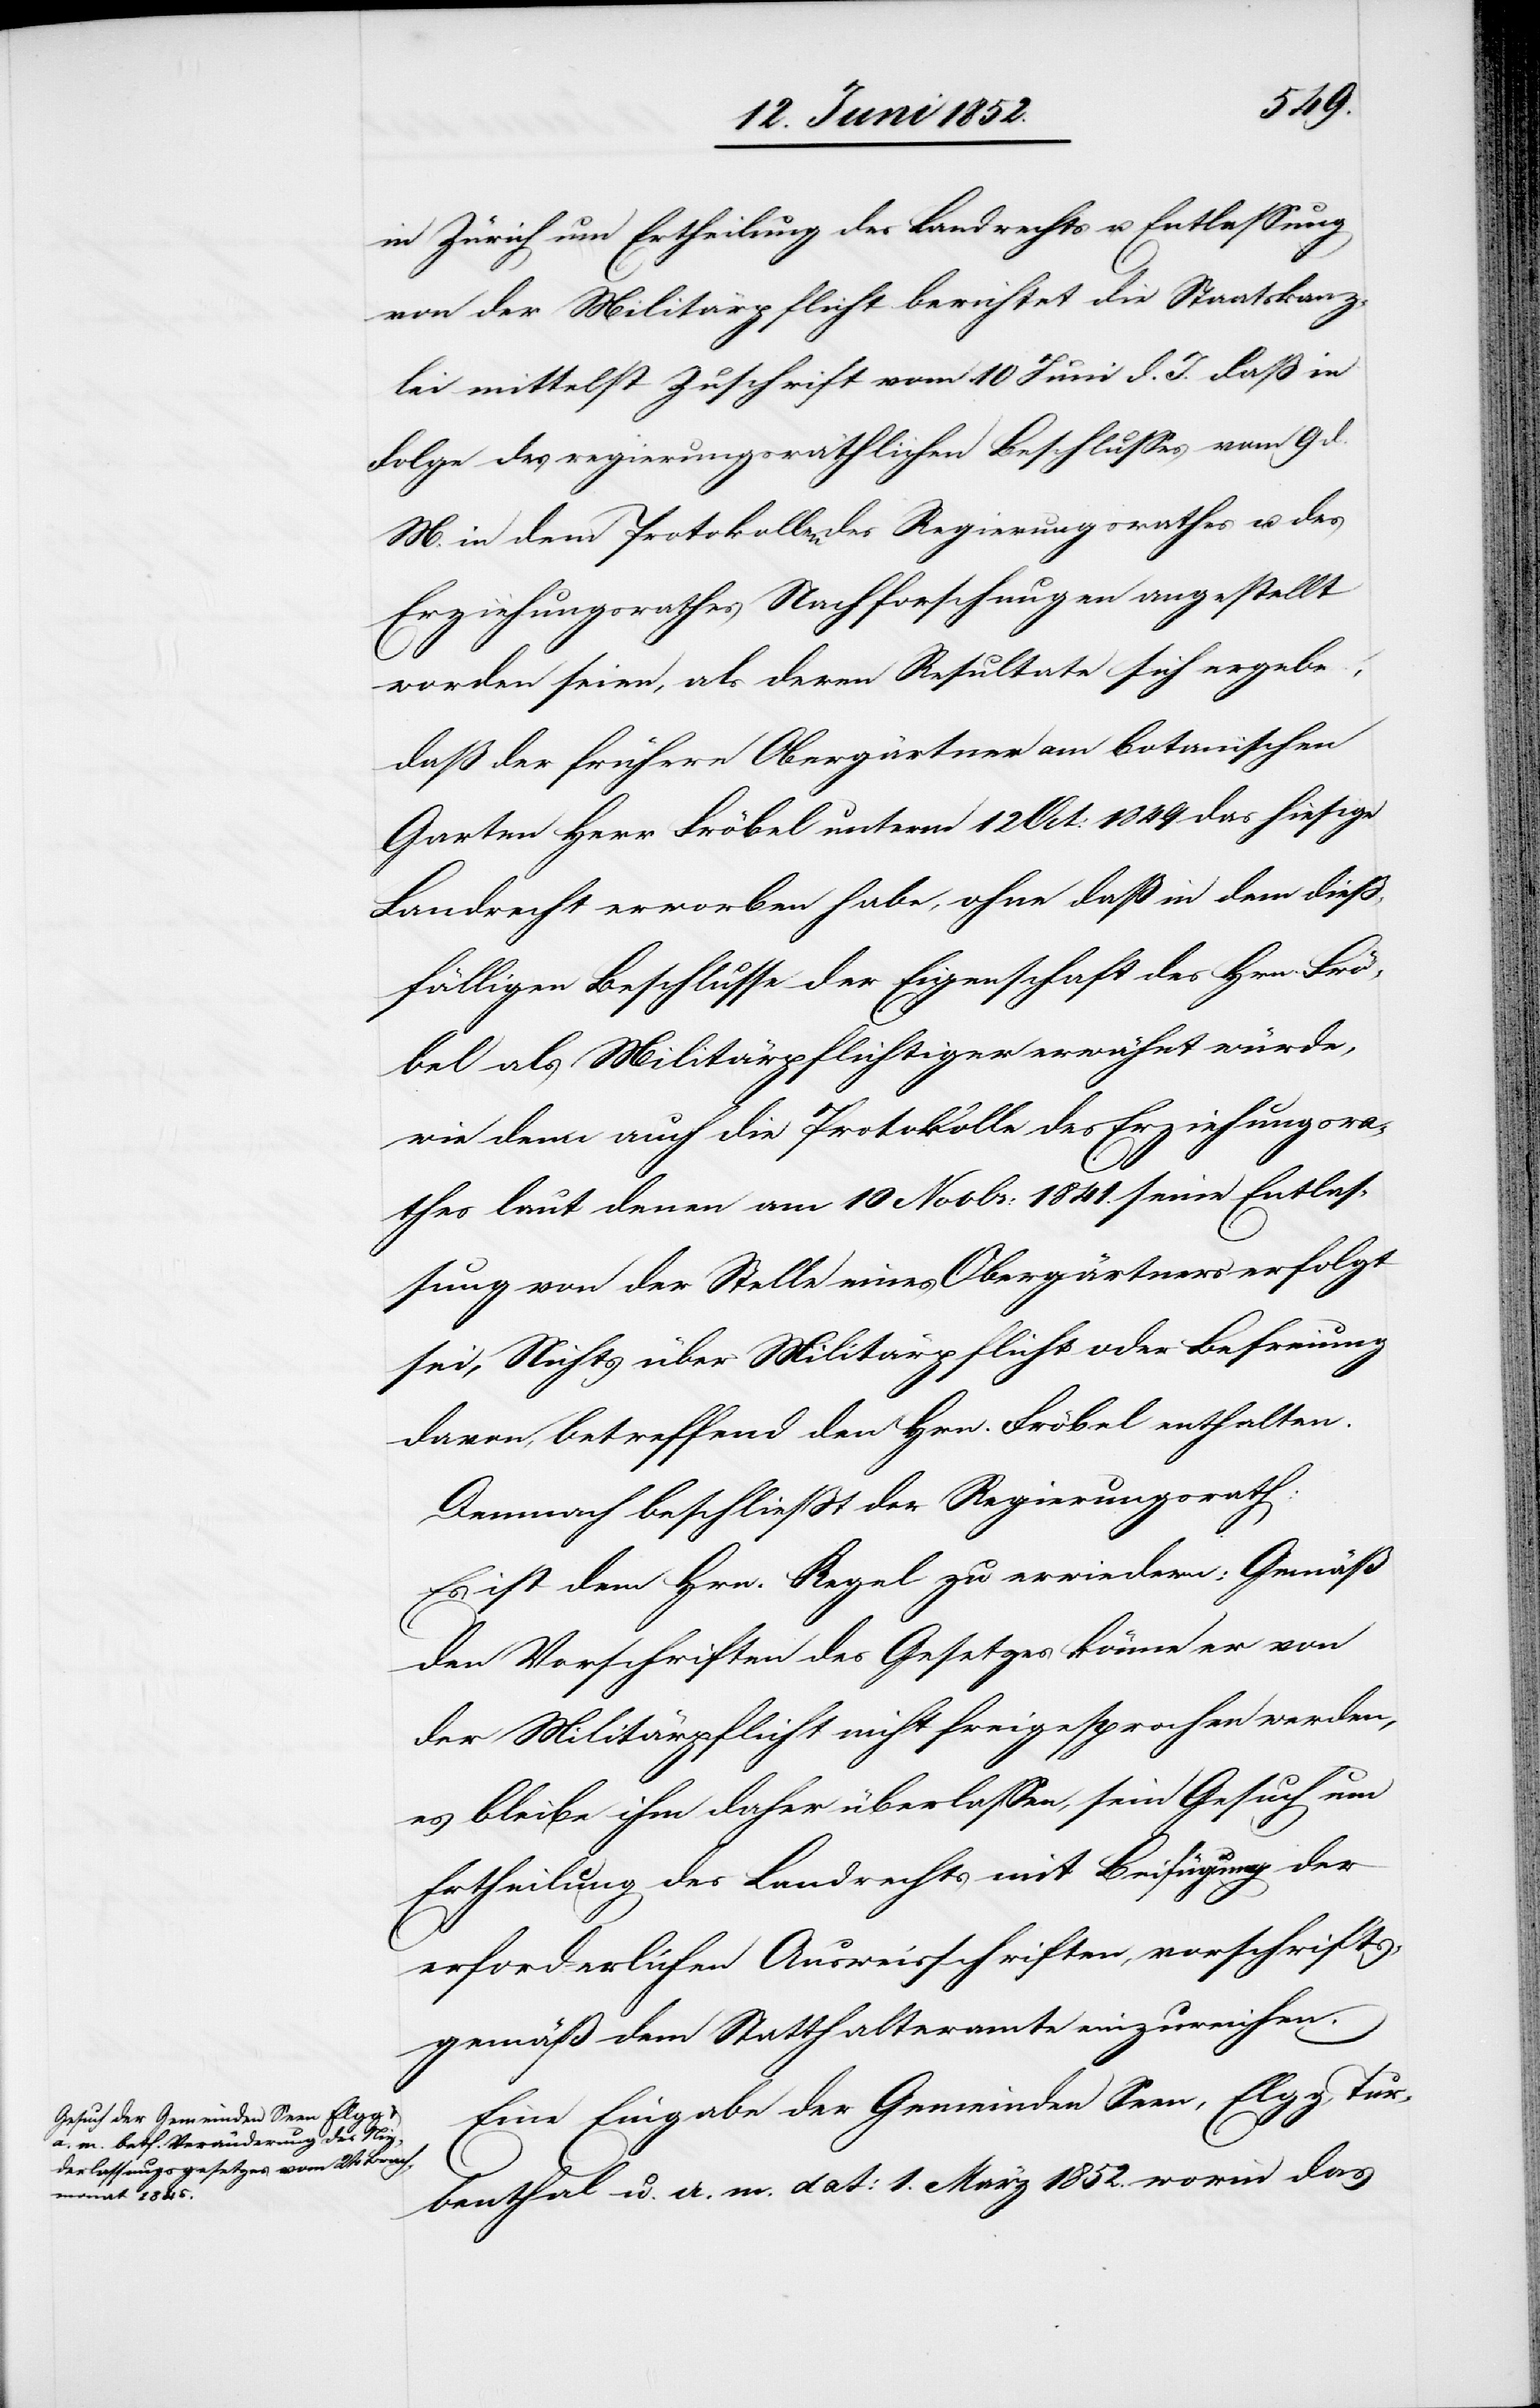
in Zürich um Ertheilung des Landrechts u. Entlassung
von der Militärpflicht berichtet die Staatskanz¬
lei mittelst Zuschrift vom 10 Juni d. J. daß in
Folge des regierungsräthlichen Beschlusses vom 9 d.
M. in dem [sic!] Protokollen des Regierungsrathes u. des
Erziehungsrathes Nachforschungen angestellt
worden seien, als deren Resultate sich ergebe,
daß der frühere Obergärtner am botanischen
Garten Herr Fröbel unterm 12 Oct: 1849 das hiesige
Landrecht erworben habe, ohne daß in dem dieß¬
fälligen Beschlusse der Eigenschaft des Hrn. Frö¬
bel als Militärpflichtiger erwähnt würde,
wie denn auch die Protokolle des Erziehungsra¬
thes laut denen am 10 Novbr: 1841. seine Entlas¬
sung von der Stelle eines Obergärtners erfolgt
sei, Nichts über Militärpflicht oder Befreiung
davon, betreffend den Hrn. Fröbel enthalten.
Demnach beschliesst der Regierungsrath:
Es ist dem Hrn. Regel zu erwiedern: Gemäß
den Vorschriften des Gesetzes könne er von
der Militärpflicht nicht freigesprochen werden,
es bleibe ihm daher überlassen, sein Gesuch um
Ertheilung des Landrechts mit Beifügung der
erforderlichen Ausweisschriften, vorschrifts¬
gemäß dem Statthalteramte einzureichen.
Eine Eingabe der Gemeinden Seen, Elgg, Tur¬
benthal u. a. m. dat: 1. März 1852. worin das